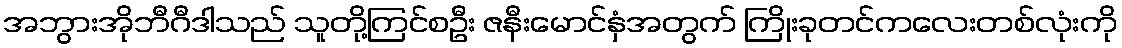
အဘွားအိုဘီဂီဒါသည် သူတို့ကြင်စဦး ဇနီးမောင်နှံအတွက် ကြိုးခုတင်ကလေးတစ်လုံးကို